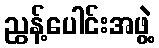
ညွန့်ပေါင်းအဖွဲ့